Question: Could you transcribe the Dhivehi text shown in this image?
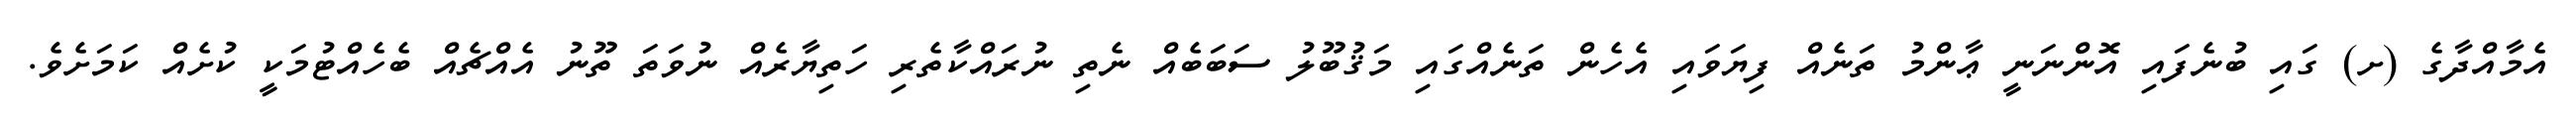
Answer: އެމާއްދާގެ (ށ) ގައި ބުނެފައި އޮންނަނީ ޢާންމު ތަނެއް ފިޔަވައި އެހެން ތަނެއްގައި މަޤުބޫލު ސަބަބެއް ނެތި ނުރައްކާތެރި ހަތިޔާރެއް ނުވަތަ ތޫނު އެއްޗެއް ބެހެއްޓުމަކީ ކުށެއް ކަމަށެވެ.